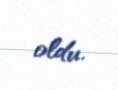
oldu.